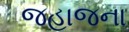
જહાજના